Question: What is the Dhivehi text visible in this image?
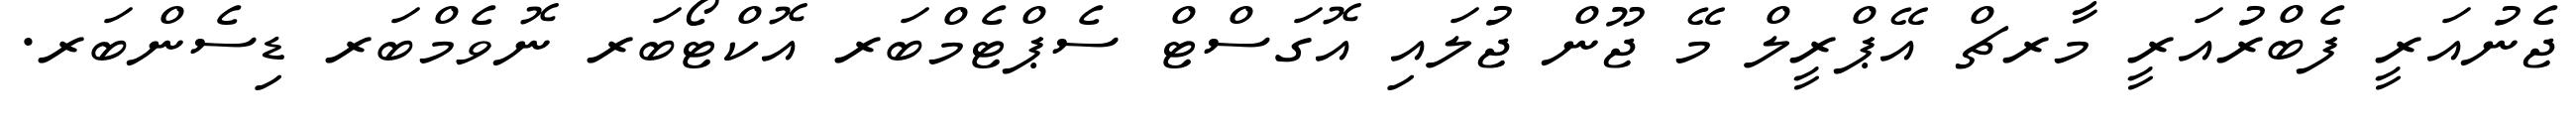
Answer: ޖެނުއަރީ ފެބްރުއަރީ މާރޗް އޭޕްރީލް މޭ ޖޫން ޖުލައި އޮގަސްޓް ސެޕްޓެމްބަރ އޮކްޓޯބަރ ނޮވެމްބަރ ޑިސެންބަރ.